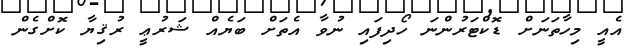
އެއީ މިހާތަނަށް ޑޮކްޓަރުންނަ ހޯދިފައި ނުވާ އެތަށް ބަޔެއް ޝަރުޢީ ރުޤިޔާ ކޮށްގެން